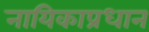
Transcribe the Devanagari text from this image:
नायिकाप्रधान